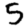
Digit: 5